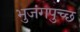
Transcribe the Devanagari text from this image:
भुजंगपुच्छ